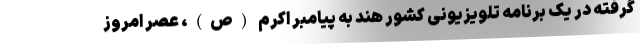
گرفته در یک برنامه تلویزیونی کشور هند به پیامبر اکرم (ص)، عصر امروز